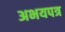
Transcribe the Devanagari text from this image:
अभयपत्र